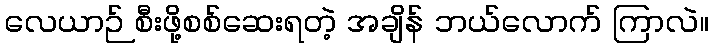
လေယာဉ် စီးဖို့စစ်ဆေးရတဲ့ အချိန် ဘယ်လောက် ကြာလဲ။